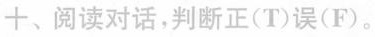
十、阅读对话,判断正(T)误(F)。